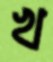
খ